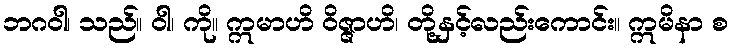
ဘဂဝါ၊ သည်။ ဝါ၊ ကို။ ဣမာဟိ ဝိဇ္ဇာဟိ၊ တို့နှင့်လည်းကောင်း။ ဣမိနာ စ